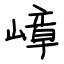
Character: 嶂